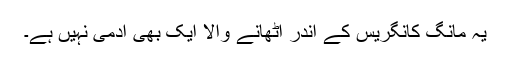
یہ مانگ کانگریس کے اندر اٹھانے والا ایک بھی آدمی نہیں ہے۔